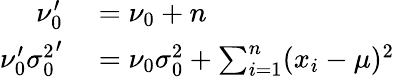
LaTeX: \begin{array}{rl}{\nu_{0}^{\prime}}&{{}=\nu_{0}+n}\\ {\nu_{0}^{\prime}{\sigma_{0}^{2}}^{\prime}}&{{}=\nu_{0}\sigma_{0}^{2}+\sum_{i=1}^{n}(x_{i}-\mu)^{2}}\end{array}